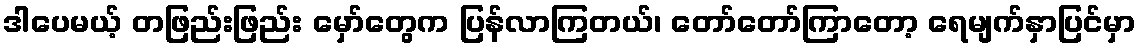
ဒါပေမယ့် တဖြည်းဖြည်း မှော်တွေက ပြန်လာကြတယ်၊ တော်တော်ကြာတော့ ရေမျက်နှာပြင်မှာ